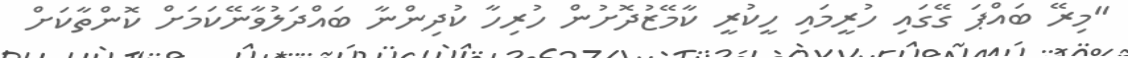
"މިރޭ ބައްޕަ ގޭގައި ހުރީމައި ހީކުރީ ކާމޭޒުދޮށުން ހުރިހާ ކުދިންނާ ބައްދަލުވާނޭކަމަށް ކޮންތާކަށް